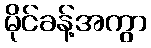
မိုင်ခန့်အကွာ